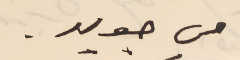
من جديد